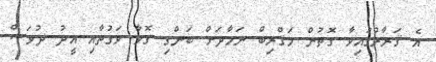
އެ ޤަރާރުގައިވާ ގޮތުން މަޤްރިބް ނަމާދަށް ބަންގި ގޮވާ ވަގުތާއި އީދު ދުވަސް